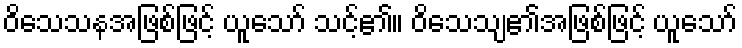
ဝိသေသနအဖြစ်ဖြင့် ယူသော် သင့်၏။ ဝိသေသျ၏အဖြစ်ဖြင့် ယူသော်